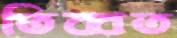
তিব্বত